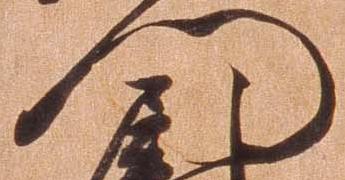
門